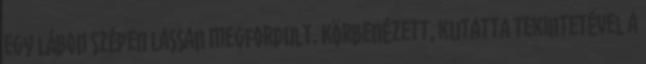
egy lábon szépen lassan megfordult. Körbenézett, kutatta tekintetével a